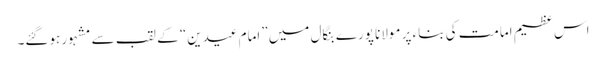
اس عظیم امامت کی بناء پر مولانا پورے بنگال میں ”امام عیدین“ کے لقب سے مشہور ہوگئے۔